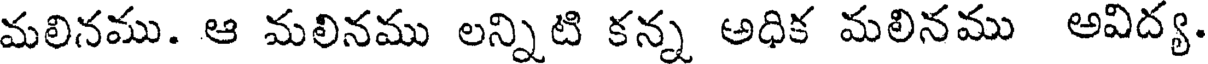
మలినము. ఆ మలినము లన్నిటి కన్న అధిక మలినము అవిద్య.